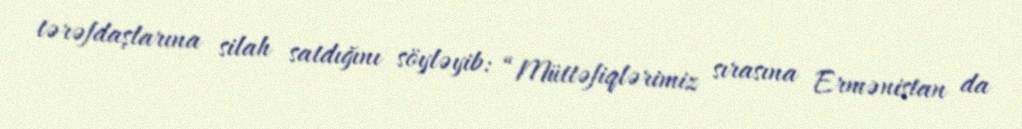
tərəfdaşlarına silah satdığını söyləyib: “Müttəfiqlərimiz sırasına Ermənistan da